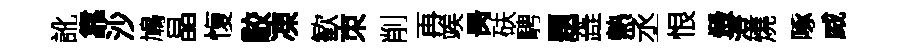
訛靠沙鳩晶愎駮凍歓朿削再竢昺砆騁題蕋熱丞恨燬澄燒啄威